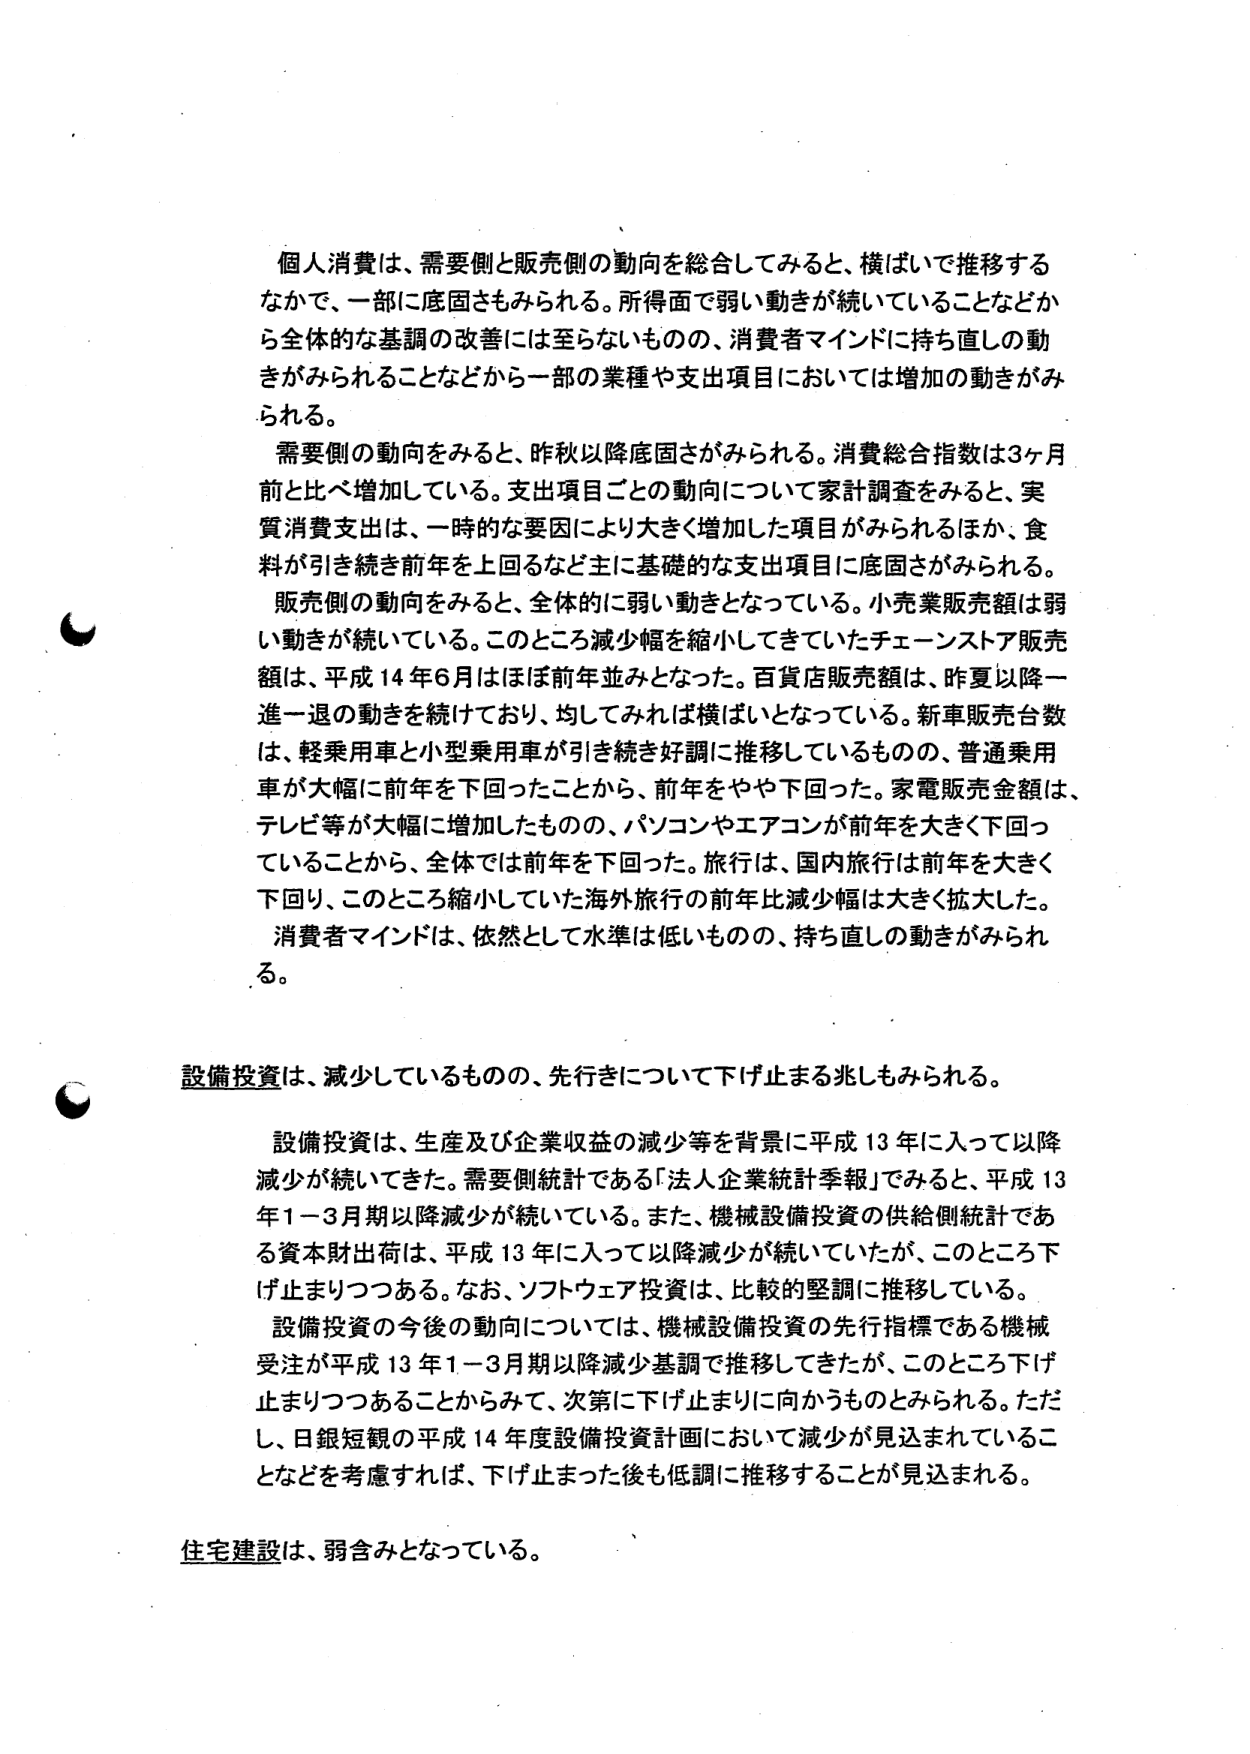
個人消費は、需要側と販売側の動向を総合してみると、横ばいで推移する
なかで、一部に底固さもみられる。所得面で弱い動きが続いていることなどか
ら全体的な基調の改善には至らないものの、消費者マインドに持ち直しの動
きがみられることなどから一部の業種や支出項目においては増加の動きがみ
られる。
需要側の動向をみると、昨秋以降底固さがみられる。消費総合指数は3ヶ月
前と比べ増加している。支出項目ごとの動向について家計調査をみると、実
質消費支出は、一時的な要因により大きく増加した項目がみられるほか、食
料が引き続き前年を上回るなど主に基礎的な支出項目に底固さがみられる。
販売側の動向をみると、全体的に弱い動きとなっている。小売業販売額は弱
い動きが続いている。このところ減少幅を縮小してきていたチェーンストア販売
額は、平成14年6月はほぼ前年並みとなった。百貨店販売額は、昨夏以降一
進一退の動きを続けており、均してみれば横ばいとなっている。新車販売台数
は、軽乗用車と小型乗用車が引き続き好調に推移しているものの、普通乗用
車が大幅に前年を下回ったことから、前年をやや下回った。家電販売金額は、
テレビ等が大幅に増加したものの、パソコンやエアコンが前年を大きく下回っ
ていることから、全体では前年を下回った。旅行は、国内旅行は前年を大きく
下回り、このところ縮小していた海外旅行の前年比減少幅は大きく拡大した。
消費者マインドは、依然として水準は低いものの、持ち直しの動きがみられ
る。

設備投資は、減少しているものの、先行きについて下げ止まる兆しもみられる。
設備投資は、生産及び企業収益の減少等を背景に平成13年に入って以降
減少が続いてきた。需要側統計である「法人企業統計季報」でみると、平成13
年1－3月期以降減少が続いている。また、機械設備投資の供給側統計であ
る資本財出荷は、平成13年に入って以降減少が続いていたが、このところ下
げ止まりつつある。なお、ソフトウェア投資は、比較的堅調に推移している。
設備投資の今後の動向については、機械設備投資の先行指標である機械
受注が平成13年1－3月期以降減少基調で推移してきたが、このところ下げ
止まりつつあることからみて、次第に下げ止まりに向かうものとみられる。ただ
し、日銀短観の平成14年度設備投資計画において減少が見込まれているこ
となどを考慮すれば、下げ止まった後も低調に推移することが見込まれる。

住宅建設は、弱含みとなっている。